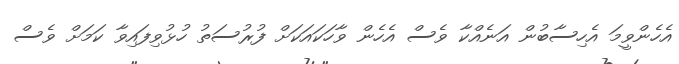
އެހެންވީމަ އެހިސާބުން އަނެއްކާ ވެސް އެހެން ވާހަކައަކަށް ފުރުސަތު ހުޅުވިފައިވާ ކަމަށް ވެސް